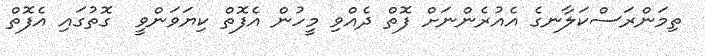
ތިމަންރަސްކަލާނގެ އެއުރެންނަށް ފޮތް ދެއްވި މީހުން އެފޮތް ކިޔަވަންވީ  ގޮތުގައި އެފޮތް